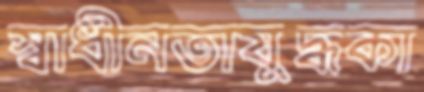
স্বাধীনতাযুদ্ধকা